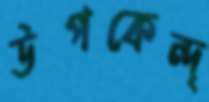
উপকেন্দ্